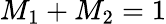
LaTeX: {M_{1}}+{M_{2}}=1